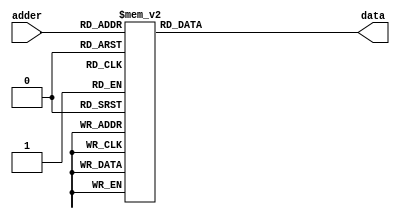
`timescale 1ns / 1ps
//////////////////////////////////////////////////////////////////////////////////
// Company: 
// Engineer: 
// 
// Design Name: 
// Module Name:    rom_data 
// Project Name: 
// Target Devices: 
// Tool versions: 
// Description: 
//
// Dependencies: 
//
// Revision: 
// Revision 0.01 - File Created
// Additional Comments: 
//
//////////////////////////////////////////////////////////////////////////////////
module rom_data (
    adder    ,
    
    //,dout
    data    );

    //
    

    //
    input [5:0]          adder  ;
  

    //
    output[1439:0]         data   ;

    //reg
    reg   [1439:0]         data   ;

   

    //
    always@(*)begin
        
        case(adder)
			6'd1:   data=1440'h000000000000000000000000000000000000000000000000000000000000000000000000000000000000000000000000000000000000000000000000000000000000000000000000000000000000000000000000000000000000;
			6'd2:	  data=1440'h00080000000000C000000020000000000000000000000004000000000000000000000000000000000000000000000000000000000000000000000000000000000000100000000000000000000060000000000040000000400000;
			6'd3:	  data=1440'h001C1800000000700000003800000000060100000080400E0000000100000000000000000000000000000000000000000000000000000000000000000000000000001C0000200020000000000030000000000070000000300000;
			6'd4:	  data=1440'h001C0E000000003800000038000030000380C0000060700F0000000080000000000000000000000000000000000000000000000000000000000000000000000000003C000038003000006000001C000000060060000000380000;
			6'd5:	  data=1440'h00180E000000003C00000031FFFFF8000300C0000070380C00080C00C0000000000000000000000000000000000000000000000000000000000000000000000000003C00003000180000F000001C00001FFF00F00000001C0000;
			6'd6:	  data=1440'h003006000000001C00000030006000000300C0600038381C000FFE00E00000000000000000000600000000000000000000000000000000000000000000000000000033000030001C2107F800000E0000000C00D00002001C0000;
			6'd7:	  data=1440'h00300400C000001C00000830006000000300C0F0001C1C18000C0C4060000000000000006000FE00006000000000000000000000000000000000000000000000000071C00030000871FC0000000C0000000C01C8000200080060;
			6'd8:	  data=1440'h007FFFFFE000001800000E300060001FFFFFFFF8001C1C30000C18404060000007F0FC00F000060000F00000000000000000000000000003F8001F807FF8000FC40060F000300FFFF9C00002000C0030000C01880003FFFFFFF0;
			6'd9:	  data=1440'h00E00C000002000000600E30006000000300C000001C1820000C187FFFF0000001C03000F000060000F000000000000000000000000000060F003040180600303C00E0380030000080C00003FFFFFFF8000C030C000200000060;
			6'd10:	  data=1440'h00E00C000003FFFFFFF00E30006000000300C00002080060000C10C00060000000C0300060000600006000000000000000000000000000080380C030180300601C00C01C30300101C0C000020000007C030C03060006000000C0;
			6'd11:	  data=1440'h01E00C000002000000780E30006000000300C00002000040300C30C000C0000000E02000000006000000000000000000000000000000001803808010180180C00C01801C38300181C0C0000600000060070C0606000E00000080;
			6'd12:	  data=1440'h03600C030006000000C00630C06030000300C00007FFFFFFF80C21C000800000006060000000060000000000000000000000000000000030018180181800C1800401800C303000C180C000060C0400C0060C0C03000E00000500;
			6'd13:	  data=1440'h067FFFFF8006000001800630FFFFF8010000000006000000780C218000000000007040000000060000000000000000000000000000000030008300081800C18006030000303000E300C0000E07070080060C0C01800000000E00;
			6'd14:	  data=1440'h0C600C00000E000001000630C0603000C000020006000000600C4000060000000030C00000000600000000000000000000000000000000300083000C1800C30002020000303000E300C0001E0387810006181801E001FFFFFF00;
			6'd15:	  data=1440'h08600C00000C000002000630C0603000702007000E000000C00C403FFF0000000038800000000600000000000000000000000000000000300003000C1800C300000700603030004200C010000387000006183002F80000700000;
			6'd16:	  data=1440'h30600C030000000000C00630C0603000313FFF800E000000800C400000000000001980002000060000200000000000000000000000000038000200041800C300000DFFF03030004418C0380001C70000061820037C0000C04000;
			6'd17:	  data=1440'h007FFFFF8000000001E00630C0603000323003001E000019000C200000000000001D000FE00006000FE00087C03F9F80000000000000001C000600061800C6000019806030303FFFFCFFFC000187000006185FFFB00001803000;
			6'd18:	  data=1440'h00600C00000FFFFFFFF00630C060300002300300007FFFFC000C100000000000000F00006000060000600798700E0600000000000000001E0006000618018600001180603030000C00C18000C087000006198000000007001C00;
			6'd19:	  data=1440'h00600C000000001800000630C0603018043003000000003E000C180000400000000E000060000600006001E03006040000000000000000078006000618030600002180E03030000C00C18000700700000C1A000000000C000E00;
			6'd20:	  data=1440'h00600C008000001800000630C060300E0430030000000060000C0C0000E000000006000060000600006001C018070C0000007FFFE0000001F0060006180E0600000180E03030000C00C18000380600000C1F8000000038000F00;
			6'd21:	  data=1440'h00600C01C000001800000630C06030070430070000000180000C0CFFFFF000000006000060000600006001801803880000000000000000007C0600061FF80600000180E03030000C00C180003C0600001FFF81008000FFFFFF00;
			6'd22:	  data=1440'h007FFFFFE000001800000630C06030038830070000000300000C0606300000000007000060000600006001801801900000000000000000001E06000618000600000180E03030000C31C180001C0600000C030080E0007FF00300;
			6'd23:	  data=1440'h006010000000001800000630C06030010830070000001C00000C060630000000000F000060000600006001801801F00000000000000000000706000618000600000180C030300FFFF9C180001C060000000320C0E00070000300;
			6'd24:	  data=1440'h00601C000000001800000E30C06030001030060000001C00600C060630000000000B800060000600006001801800E00000000000000000000386000618000600000180C03030000C01818000080E0020000310C0C00000100000;
			6'd25:	  data=1440'h000018001000001800000E70C06030001030060000001C00F00C0606300000000019800060000600006001801800E000000000000000000001C6000618000600000191C03030000C01818000080E007000031861C000001C0000;
			6'd26:	  data=1440'h000018003800001800000E60C0603000303006001FFFFFFFF80C0E06300000000011C00060000600006001801800F000000000000000000000C200041800060000018FC03030010D0181801FFFFFFFF800031861800000180000;
			6'd27:	  data=1440'h3FFFFFFFFC00001800000860C06030006030FE0000001C00000CFC0E300000000030C00060000600006001801800B000000000000000002000C3000C1800030000018384003003CC81818000000C000000FE1C71800000180000;
			6'd28:	  data=1440'h0000FA000000001800000060C060700860303E1000001C00000C3C0C301000000020E000600006000060018018013800000000000000002000C3000C18000300020183040030038CE1818000001C00007F860C71000000180600;
			6'd29:	  data=1440'h0001D90000000018000000C0C063E007E0301C1000001C00000C300C301000000060E000600006000060018018031800000000000000003000C1000C18000300040180040030030C73018000001C00003C060C730000FFFFFF00;
			6'd30:	  data=1440'h000398C000000018000000C0C060E001C030001000001C00000C001C3010000000407000600006000060018018020C00000000000000001000C1801818000180040180040030060C33018000003B800010060C73000000180000;
			6'd31:	  data=1440'h0006186000000018000001800060C000C030003000001C00000C00183010000000C07000600006000060018018040E0000000000000000180180801018000180080180040030060C330180000070F00000060C02000000180000;
			6'd32:	  data=1440'h001C1830000000180000018000600000C030003000001C00000C003830100000008030006000060000600180180C0600000000000000001C01004030180000C01001800600300C0C3601800000E03C0000060C06000000180000;
			6'd33:	  data=1440'h0038181C000000180000030000600000C030003800001C00000C007030100000018038006000060000600180181C0700000000000000001F060030C0180000306001800E0030080C0C01800001C01F00000C0004000000180000;
			6'd34:	  data=1440'h00E0180F800000380000060000600000C03FFFF800001C00000C00E03838000007E0FE0FFF00FFF00FFF07E07E7E1FC00000000000000010FC001F80FF00000FC001FFFE1FF0101C08018000038007C0079C0004100000180030;
			6'd35:	  data=1440'h01801803FC000FF80000040000600000C01FFFF00007FC00000C01801FF8000000000000000000000000000000000000000000000000000000000000000000000000FFFC07F021FC180180000E0003C000FC0008380000180078;
			6'd36:	  data=1440'h06001800F80001F80000080000600000C00000000000F800000C03001FF0000000000000000000000000000000000000000000000000000000000000000000000000000001E0007830018000380001C00078FFFFFC1FFFFFFFFC;
			6'd37:	  data=1440'h38001800300000700000100000600000C000000000007000000C0C00000000000000000000000000000000000000000000000000000000000000000000000000000000000080003040038003C00000C000200000000000000000;
			6'd38:	  data=1440'h0000100000000040000020000040000000000000000020000008000000000000000000000000000000000000000000000000000000000000000000000000000000000000000000008003001C0000000000000000000000000000;
			6'd39:	  data=1440'h000000000000000000000000000000000000000000000000000000000000000000000000000000000000000000000000000000000000000000000000000000000000000000000000000000000000000000000000000000000000;
      default:   data=1440'h000000000000000000000000000000000000000000000000000000000000000000000000000000000000000000000000000000000000000000000000000000000000000000000000000000000000000000000000000000000000;

      endcase
    
   end
   endmodule